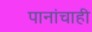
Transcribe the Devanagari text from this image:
पानांचाही